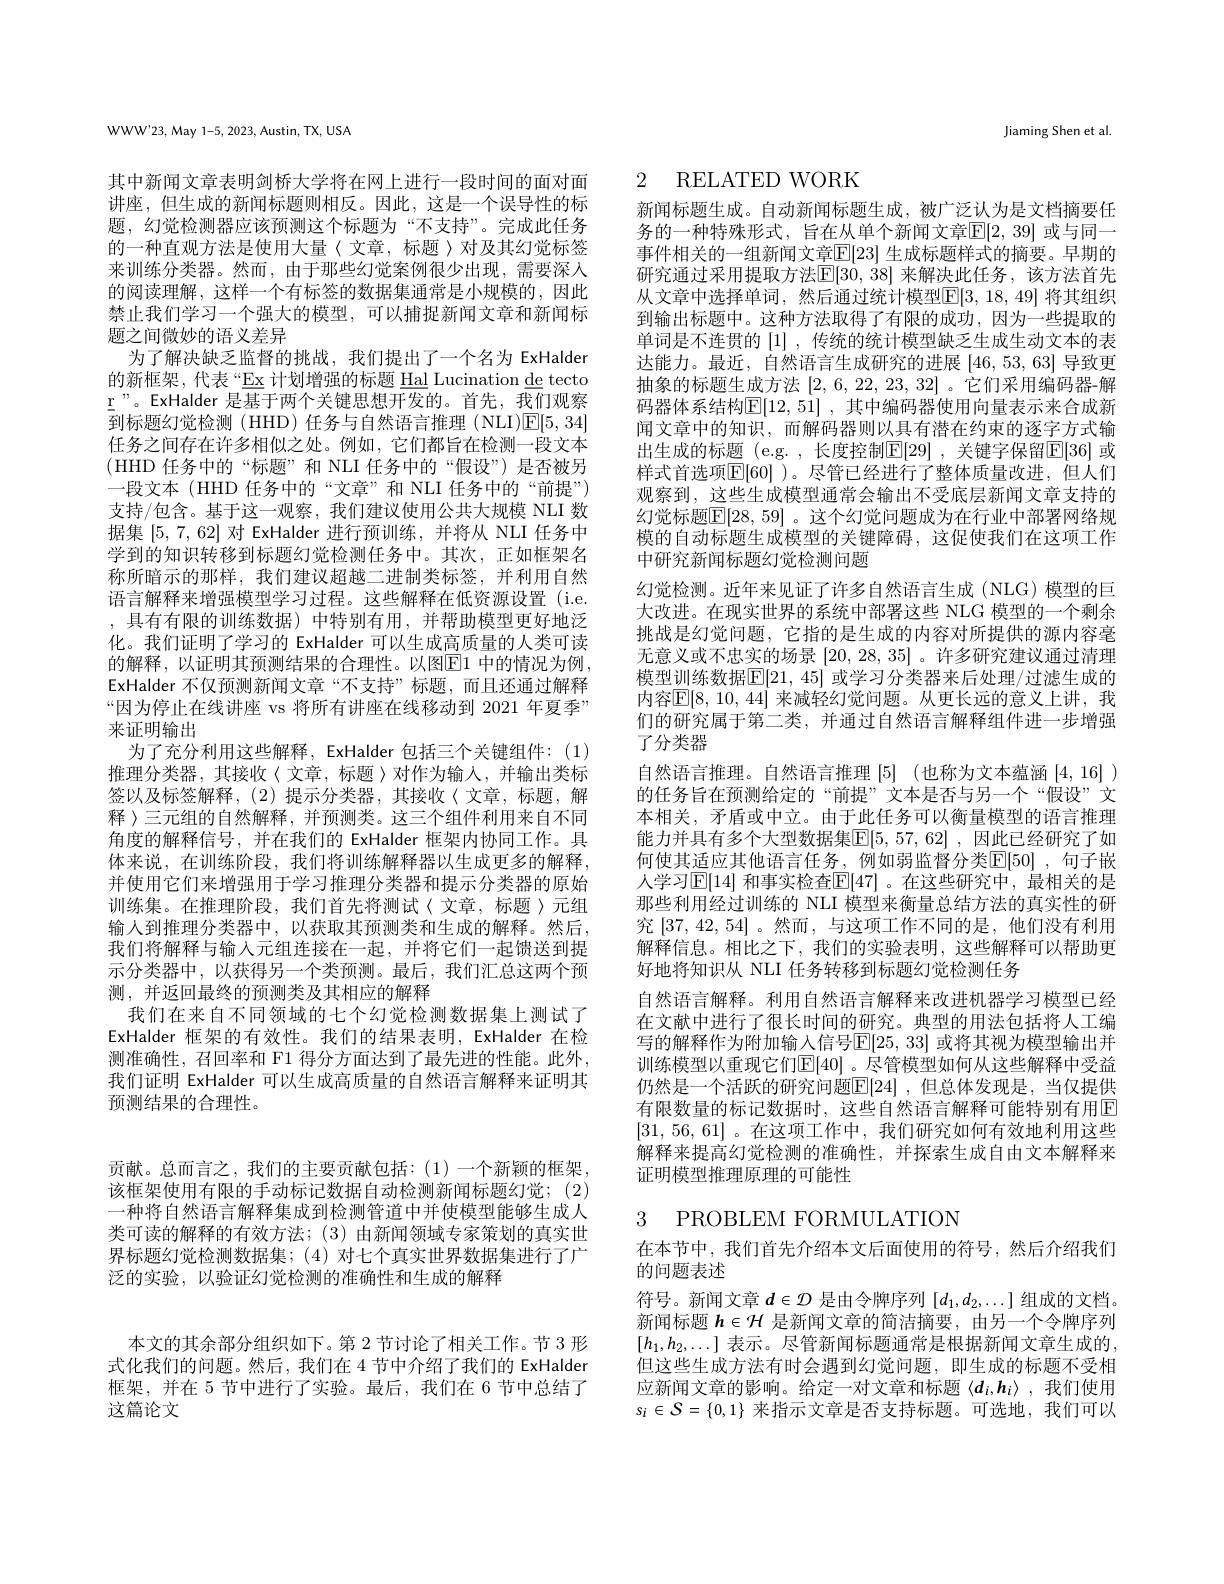
WWW'23, May 1-5, 2023, Austin, TX, USA

其中新闻文章表明剑桥大学将在网上进行一段时间的面对面讲座，但生成的新闻标题则相反。因此，这是一个误导性的标题，幻觉检测器应该预测这个标题为“不支持”。完成此任务的一种直观方法是使用大量〈文章，标题〉对及其幻觉标签来训练分类器。然而，由于那些幻觉案例很少出现，需要深入的阅读理解，这样一个有标签的数据集通常是小规模的，因此禁止我们学习一个强大的模型，可以捕捉新闻文章和新闻标题之间微妙的语义差异
为了解决缺乏监督的挑战，我们提出了一个名为 ExHalder 的新框架，代表“Ex 计划增强的标题 Hal Lucination de tecto r"。ExHalder 是基于两个关键思想开发的。首先，我们观察到标题幻觉检测(HHD)任务与自然语言推理(NLI)$\underline{\mathrm{E}}[5,34]$ 任务之间存在许多相似之处。例如，它们都旨在检测一段文本(HHD 任务中的“标题”和 NLI 任务中的“假设”)是否被另一段文本(HHD 任务中的“文章”和 NLI 任务中的“前提”) 支持/包含。基于这一观察，我们建议使用公共大规模 NLI 数据集[5,7,62]对 ExHalder 进行预训练，并将从 NLI 任务中学到的知识转移到标题幻觉检测任务中。其次，正如框架名称所暗示的那样，我们建议超越二进制类标签，并利用自然语言解释来增强模型学习过程。这些解释在低资源设置(i.e. ,具有有限的训练数据)中特别有用，并帮助模型更好地泛化。我们证明了学习的 ExHalder 可以生成高质量的人类可读的解释，以证明其预测结果的合理性。以图$\boxed{\mathrm{E}}1$ 中的情况为例， ExHalder 不仅预测新闻文章“不支持”标题，而且还通过解释“因为停止在线讲座 vs 将所有讲座在线移动到 2021 年夏季” 来证明输出
为了充分利用这些解释，ExHalder 包括三个关键组件：(1) 推理分类器，其接收〈文章，标题〉对作为输入，并输出类标签以及标签解释，(2)提示分类器，其接收〈文章，标题，解释 〉三元组的自然解释，并预测类。这三个组件利用来自不同角度的解释信号，并在我们的 ExHalder 框架内协同工作。具体来说，在训练阶段，我们将训练解释器以生成更多的解释， 并使用它们来增强用于学习推理分类器和提示分类器的原始训练集。在推理阶段，我们首先将测试〈文章，标题〉元组输入到推理分类器中，以获取其预测类和生成的解释。然后， 我们将解释与输入元组连接在一起，并将它们一起馈送到提示分类器中，以获得另一个类预测。最后，我们汇总这两个预测，并返回最终的预测类及其相应的解释
我们在来自不同领域的七个幻觉检测数据集上测试了ExHalder 框架的有效性。我们的结果表明，ExHalder 在检测准确性，召回率和 F1 得分方面达到了最先进的性能。此外， 我们证明 ExHalder 可以生成高质量的自然语言解释来证明其预测结果的合理性。

贡献。总而言之，我们的主要贡献包括：(1)一个新颖的框架， 该框架使用有限的手动标记数据自动检测新闻标题幻觉；(2) 一种将自然语言解释集成到检测管道中并使模型能够生成人类可读的解释的有效方法；(3)由新闻领域专家策划的真实世界标题幻觉检测数据集；(4)对七个真实世界数据集进行了广泛的实验，以验证幻觉检测的准确性和生成的解释

Jiaming Shen et al

# 2 RELATED WORK

新闻标题生成。自动新闻标题生成，被广泛认为是文档摘要任务的一种特殊形式，旨在从单个新闻文章$\overline{\mathbb{E}}[2,39]$ 或与同一事件相关的一组新闻文章$\mathbb{E}[23]$ 生成标题样式的摘要。早期的研究通过采用提取方法$\boxed{\mathrm{E}}[30,38]$ 来解决此任务，该方法首先从文章中选择单词，然后通过统计模型$\mathbb{E}[3,18,49]$ 将其组织到输出标题中。这种方法取得了有限的成功，因为一些提取的单词是不连贯的[1] ,传统的统计模型缺乏生成生动文本的表达能力。最近，自然语言生成研究的进展[46,53,63]导致更抽象的标题生成方法[2,6,22,23,32] 。它们采用编码器-解码器体系结构$\mathbb{E} [ 12, 51]$ , 其中编码器使用向量表示来合成新闻文章中的知识，而解码器则以具有潜在约束的逐字方式输出生成的标题 (e.g.,长度控制$\mathbb{E}[29]$ ,关键字保留$\mathbb{E}[36]$ 或样式首选项$\mathbb{E}[60]$ )。尽管已经进行了整体质量改进，但人们观察到，这些生成模型通常会输出不受底层新闻文章支持的幻觉标题$\boxed{\mathbb{E}}[28,59]$ 。这个幻觉问题成为在行业中部署网络规模的自动标题生成模型的关键障碍，这促使我们在这项工作中研究新闻标题幻觉检测问题
幻觉检测。近年来见证了许多自然语言生成 (NLG) 模型的巨大改进。在现实世界的系统中部署这些 NLG 模型的一个剩余挑战是幻觉问题，它指的是生成的内容对所提供的源内容毫无意义或不忠实的场景[20,28,35] 。许多研究建议通过清理模型训练数据$\overline[21$, 45] 或学习分类器来后处理/过滤生成的内容$\mathbb{E}[8,10,44]$ 来减轻幻觉问题。从更长远的意义上讲，我们的研究属于第二类，并通过自然语言解释组件进一步增强了分类器
自然语言推理。自然语言推理 [5] (也称为文本蕴涵 [4,16] ) 的任务旨在预测给定的“前提”文本是否与另一个“假设”文本相关，矛盾或中立。由于此任务可以衡量模型的语言推理能力并具有多个大型数据集$\mathbb{E}[5,57,62]$ ,因此已经研究了如何使其适应其他语言任务，例如弱监督分类$\overline{\mathrm{E}}[50]$ ,句子嵌人学习|E|14| 和事实检查|E|47| 。在这些研究中，最相关的是那些利用经过训练的 NLI 模型来衡量总结方法的真实性的研究[37,42,54] 。然而 ,与这项工作不同的是，他们没有利用解释信息。相比之下，我们的实验表明，这些解释可以帮助更好地将知识从 NLI 任务转移到标题幻觉检测任务
自然语言解释。利用自然语言解释来改进机器学习模型已经在文献中进行了很长时间的研究。典型的用法包括将人工编写的解释作为附加输入信号$\overline{\mathbb{E}}[25,33]$ 或将其视为模型输出并训练模型以重现它们$\mathbb{E}[40]$ 。尽管模型如何从这些解释中受益仍然是一个活跃的研究问题$\overline{\mathbb{E}}[24]$ ,但总体发现是，当仅提供有限数量的标记数据时，这些自然语言解释可能特别有用$\overline{\mathrm{E}}$ [31,56,61]。在这项工作中，我们研究如何有效地利用这些解释来提高幻觉检测的准确性，并探索生成自由文本解释来证明模型推理原理的可能性

# 3 PROBLEM FORMULATION

在本节中，我们首先介绍本文后面使用的符号，然后介绍我们
的问题表述
符号。新闻文章$d\in\mathcal{D}$是由令牌序列$[d_1,d_2,\ldots]$组成的文档。新闻标题$h\in\mathcal{H}$是新闻文章的简洁摘要，由另一个令牌序列$[h_1,h_2,\ldots]$ 表示。尽管新闻标题通常是根据新闻文章生成的， 但这些生成方法有时会遇到幻觉问题，即生成的标题不受相应新闻文章的影响。给定一对文章和标题$\langle d_i,h_i\rangle$ ,我们使用$s_i\in\mathcal{S}=\{0,1\}$来指示文章是否支持标题。可选地，我们可以

本文的其余部分组织如下。第 2 节讨论了相关工作。节 3 形式化我们的问题。然后，我们在 4 节中介绍了我们的 ExHalder 框架，并在 5 节中进行了实验。最后，我们在 6 节中总结了这篇论文